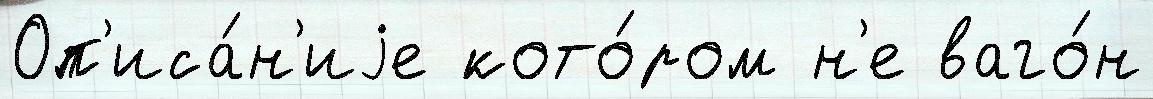
Оп'иса́н'иjе кото́ром н'е ваго́н